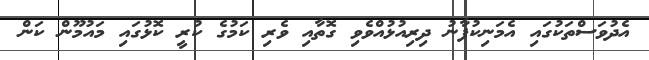
އެދުވަސްތަކުގައި އެމަނިކުފާނު ދިރިއުޅުއްވެވި ގޮތާއި ވެރި ކަމުގެ ކުރީ ކޮޅުގައި މައުމޫން ކަން